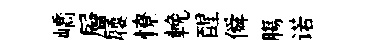
嶠層屨憭輓醒僢膓诺